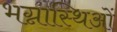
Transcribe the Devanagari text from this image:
भग्नास्थिओं